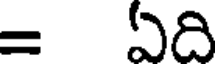
= ఏది